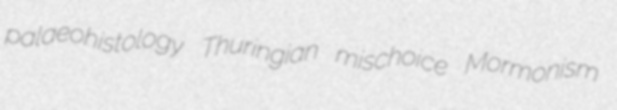
palaeohistology Thuringian mischoice Mormonism